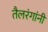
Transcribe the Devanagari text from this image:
तैलरंगांनी